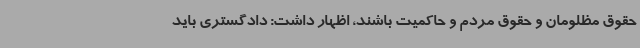
حقوق مظلومان و حقوق مردم و حاکمیت باشند، اظهار داشت: دادگستری باید